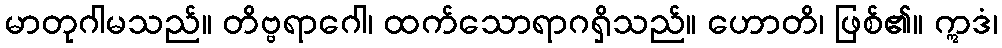
မာတုဂါမသည်။ တိဗ္ဗရာဂေါ၊ ထက်သောရာဂရှိသည်။ ဟောတိ၊ ဖြစ်၏။ ဣဒံ၊